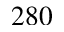
2 8 0